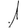
Digit: 1